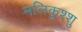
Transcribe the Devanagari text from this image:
मलिकुश्शु